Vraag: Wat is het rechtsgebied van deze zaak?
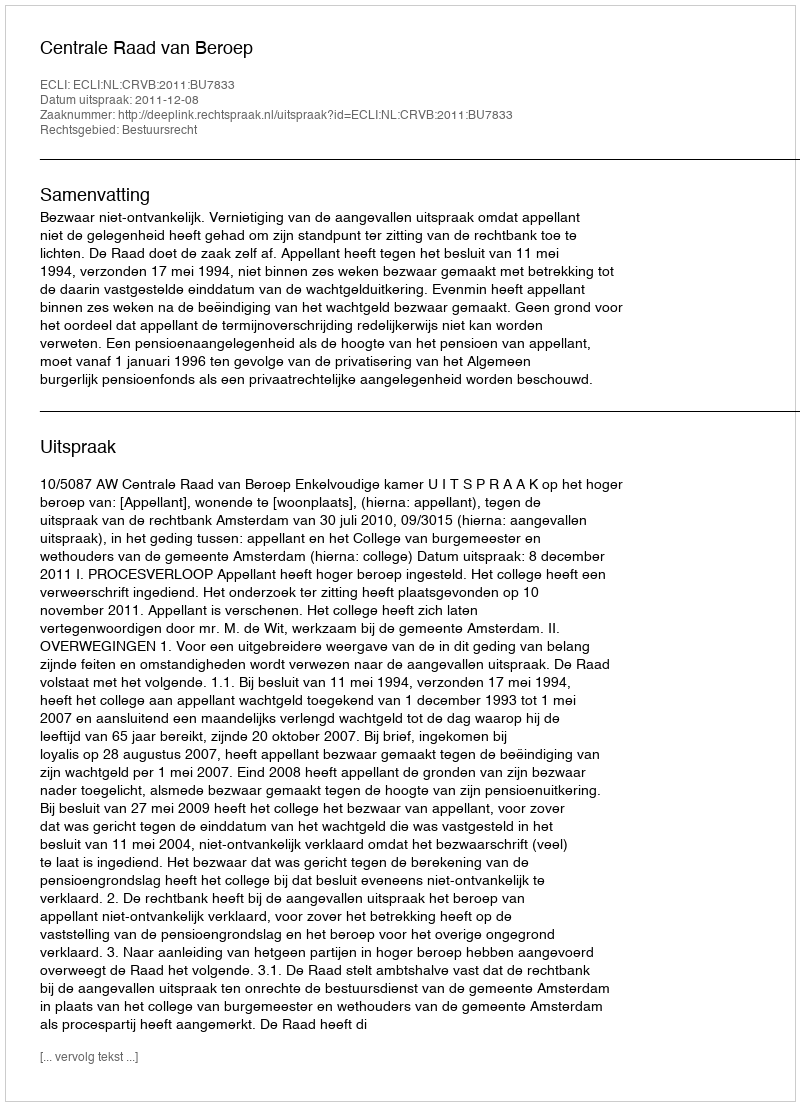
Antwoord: Bestuursrecht